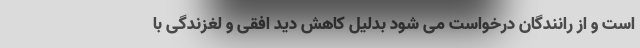
است و از رانندگان درخواست می شود بدلیل کاهش دید افقی و لغزندگی با